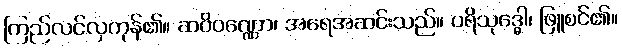
ကြည်လင်လှကုန်၏။ ဆဝိဝဏ္ဏော၊ အရေအဆင်းသည်။ ပရိသုဒ္ဓေါ၊ ဖြူစင်၏။